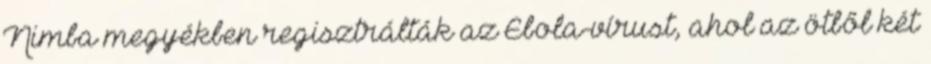
Nimba megyékben regisztrálták az Ebola-vírust, ahol az ötből két